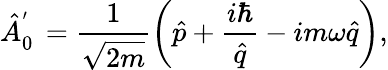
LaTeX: \hat{A}_{0}^{'\phantom{\dagger}}=\frac{1}{\sqrt{2m}}\left(\hat{p}+\frac{i\hbar}{\hat{q}}-im\omega\hat{q}\right),